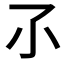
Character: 𡭖